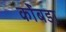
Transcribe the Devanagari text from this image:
कोंंबडा